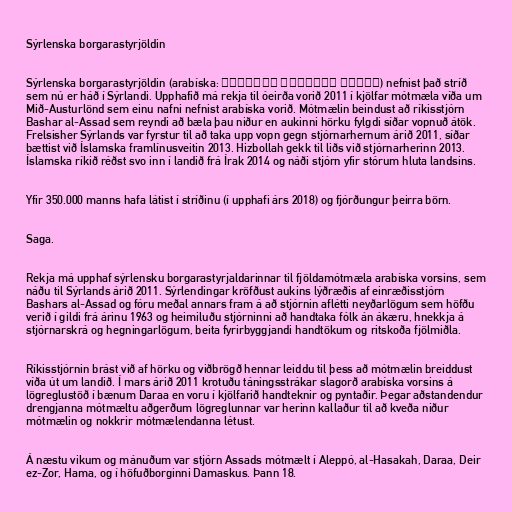
Sýrlenska borgarastyrjöldin

Sýrlenska borgarastyrjöldin (arabíska: الحرب الأهلية السورية) nefnist það stríð
sem nú er háð í Sýrlandi. Upphafið má rekja til óeirða vorið 2011 í kjölfar mótmæla víða um
Mið-Austurlönd sem einu nafni nefnist arabíska vorið. Mótmælin beindust að ríkisstjórn
Bashar al-Assad sem reyndi að bæla þau niður en aukinni hörku fylgdi síðar vopnuð átök.
Frelsisher Sýrlands var fyrstur til að taka upp vopn gegn stjórnarhernum árið 2011, síðar
bættist við Íslamska framlínusveitin 2013. Hizbollah gekk til liðs við stjórnarherinn 2013.
Íslamska ríkið réðst svo inn í landið frá Írak 2014 og náði stjórn yfir stórum hluta landsins.

Yfir 350.000 manns hafa látist í stríðinu (í upphafi árs 2018) og fjórðungur þeirra börn.

Saga.

Rekja má upphaf sýrlensku borgarastyrjaldarinnar til fjöldamótmæla arabíska vorsins, sem
náðu til Sýrlands árið 2011. Sýrlendingar kröfðust aukins lýðræðis af einræðisstjórn
Bashars al-Assad og fóru meðal annars fram á að stjórnin aflétti neyðarlögum sem höfðu
verið í gildi frá árinu 1963 og heimiluðu stjórninni að handtaka fólk án ákæru, hnekkja á
stjórnarskrá og hegningarlögum, beita fyrirbyggjandi handtökum og ritskoða fjölmiðla.

Ríkisstjórnin brást við af hörku og viðbrögð hennar leiddu til þess að mótmælin breiddust
víða út um landið. Í mars árið 2011 krotuðu táningsstrákar slagorð arabíska vorsins á
lögreglustöð í bænum Daraa en voru í kjölfarið handteknir og pyntaðir. Þegar aðstandendur
drengjanna mótmæltu aðgerðum lögreglunnar var herinn kallaður til að kveða niður
mótmælin og nokkrir mótmælendanna létust.

Á næstu vikum og mánuðum var stjórn Assads mótmælt í Aleppó, al-Hasakah, Daraa, Deir
ez-Zor, Hama, og í höfuðborginni Damaskus. Þann 18.